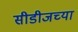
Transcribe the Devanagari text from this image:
सीडीजच्या